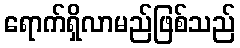
ရောက်ရှိလာမည်ဖြစ်သည်